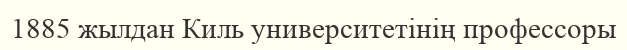
1885 жылдан Киль университетінің профессоры